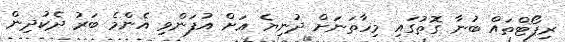
ރިޕޯޓްތައް ބުނާ ގޮތުގައި މިހާތަނަށް ދުނިޔެ އަށް އުފަންވި އެންމެ ބަރު ދެކުދިން